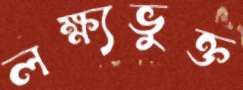
লক্ষ্যভুক্ত